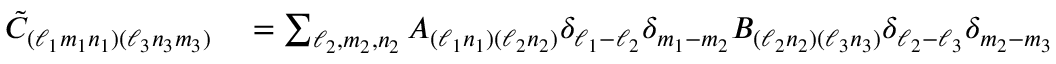
\begin{array} { r l } { \tilde { C } _ { ( \ell _ { 1 } m _ { 1 } n _ { 1 } ) ( \ell _ { 3 } n _ { 3 } m _ { 3 } ) } } & { { } = \sum _ { \ell _ { 2 } , m _ { 2 } , n _ { 2 } } A _ { ( \ell _ { 1 } n _ { 1 } ) ( \ell _ { 2 } n _ { 2 } ) } \delta _ { \ell _ { 1 } - \ell _ { 2 } } \delta _ { m _ { 1 } - m _ { 2 } } B _ { ( \ell _ { 2 } n _ { 2 } ) ( \ell _ { 3 } n _ { 3 } ) } \delta _ { \ell _ { 2 } - \ell _ { 3 } } \delta _ { m _ { 2 } - m _ { 3 } } } \end{array}